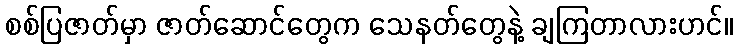
စစ်ပြဇာတ်မှာ ဇာတ်ဆောင်တွေက သေနတ်တွေနဲ့ ချကြတာလားဟင်။